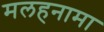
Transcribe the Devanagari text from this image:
मलहनामा